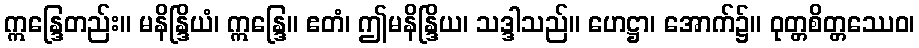
ဣန္ဒြေတည်း။ မနိန္ဒြိယံ၊ ဣန္ဒြေ။ ဧတံ၊ ဤမနိန္ဒြိယ၊ သဒ္ဒါသည်။ ဟေဋ္ဌာ၊ အောက်၌။ ဝုတ္တစိတ္တဿေဝ၊